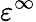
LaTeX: \varepsilon^{\infty}